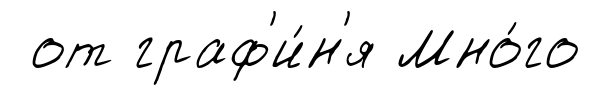
от граф'и́н'я Мно́го